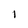
Character: I